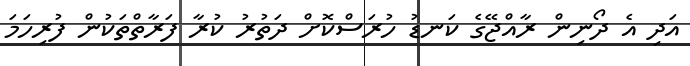
އަދި އެ ދޯނިން ރާއްޖޭގެ ކަނޑު ހުރަސްކޮށް ދަތުރު ކުރާ ފަރާތްތަކުން ފުރިހަމަ